Lunatic asylums Central Provinces reports 1910-1926 - 1910-1926
Year: 1910
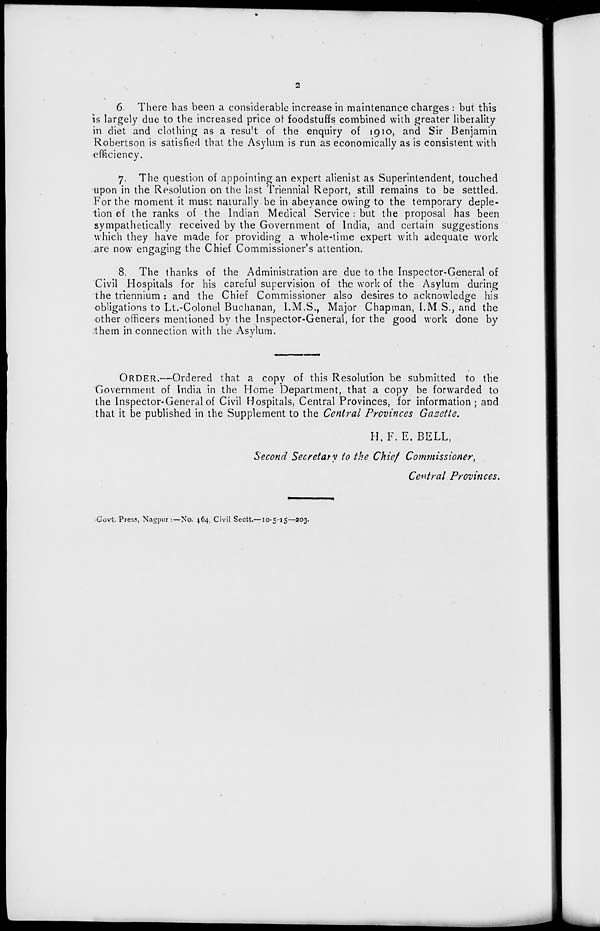
2
6
There has been a considerable increase in maintenance charges : but this
is largely due to the increased price of foodstuffs combined with greater liberality
in diet and clothing as a result of the enquiry of 1910, and Sir Benjamin
Robertson is satisfied that the Asylum is run as economically as is consistent with
efficiency.
7. The question of appointing an expert alienist as Superintendent, touched
upon in the Resolution on the last Triennial Report, still remains to be settled.
For the moment it must naturally be in abeyance owing to the temporary deple-
tion of the ranks of the Indian Medical Service : but the proposal has been
sympathetically received by the Government of India, and certain suggestions
which they have made for providing a whole-time expert with adequate work
are now engaging the Chief Commissioner's attention.
8. The thanks of the Administration are due to the Inspector-General of
Civil Hospitals for his careful supervision of the work of the Asylum during
the triennium: and the Chief Commissioner also desires to acknowledge his
obligations to Lt.-Colonel Buchanan, I.M.S., Major Chapman, I.M.S., and the
other officers mentioned by the Inspector-General, for the good work done by
them in connection with the Asylum.
ORDER.—Ordered that a copy of this Resolution be submitted to the
Government of India in the Home Department, that a copy be forwarded to
the Inspector-General of Civil Hospitals, Central Provinces, for information; and
that it be published in the Supplement to the Central Provinces Gazette.
H. F. E. BELL,
Second Secretary to the Chief Commissioner,
Central Provinces.
Govt. Press, Nagpur:—No. 464, Civil Sectt.—10-5-15—203.